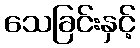
သေခြင်းနှင့်